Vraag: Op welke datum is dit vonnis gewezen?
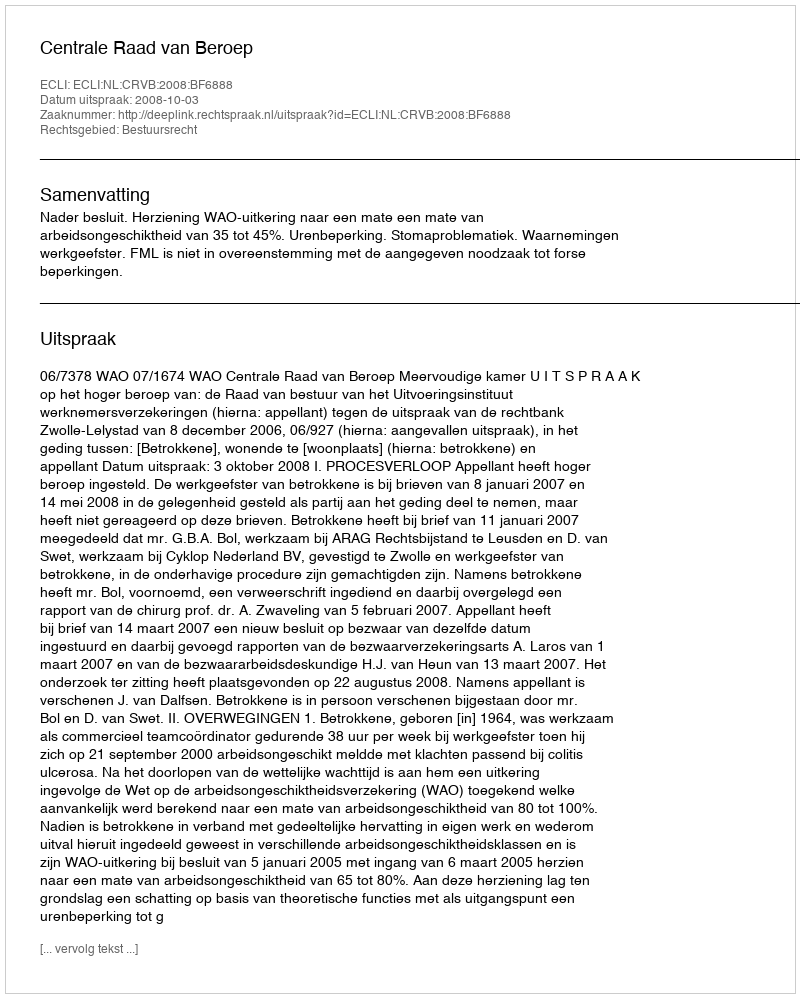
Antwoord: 2008-10-03